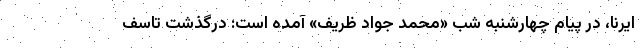
ایرنا، در پیام چهارشنبه شب «محمد جواد ظریف» آمده است: درگذشت تاسف